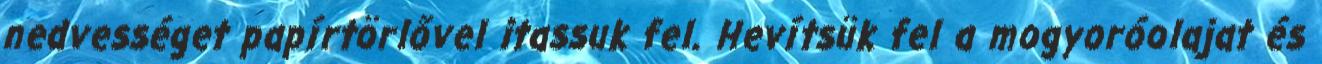
nedvességet papírtörlővel itassuk fel. Hevítsük fel a mogyoróolajat és